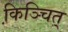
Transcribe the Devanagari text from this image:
कि़ञ्चित्